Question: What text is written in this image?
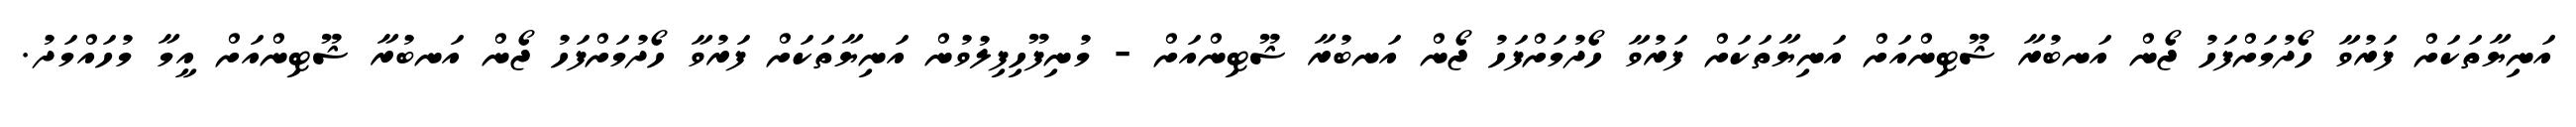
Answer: އަނިޔާތަކަށް ފަރުވާ ހޯދުމަށްފަހު ޖޯން އަނބުރާ ޝޫޓިންއަށް އަނިޔާތަކަށް ފަރުވާ ހޯދުމަށްފަހު ޖޯން އަނބުރާ ޝޫޓިންއަށް - މުނިފޫހިފިލުވުން އަނިޔާތަކަށް ފަރުވާ ހޯދުމަށްފަހު ޖޯން އަނބުރާ ޝޫޓިންއަށް އީމާ މުހައްމަދު.